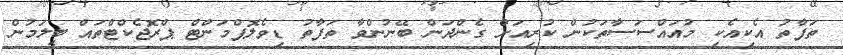
ތަފާތު އެކިއެކި މުއައްސަސާތަކުން ކުރިއަށް ގެންދަން ބޭނުންވާ ތަފާތު ޑިވެލޮޕްމަންޓް ޕްރޮޖެކްޓްތައް ބީލަމުން